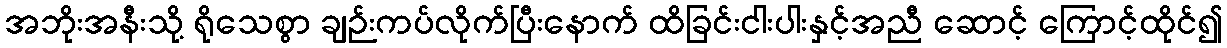
အဘိုးအနီးသို့ ရိုသေစွာ ချဉ်းကပ်လိုက်ပြီးနောက် ထိခြင်းငါးပါးနှင့်အညီ ဆောင့် ကြောင့်ထိုင်၍